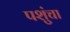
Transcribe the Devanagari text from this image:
पशुंचा